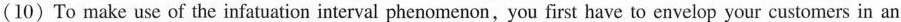
(10) To make use of the infauation interval phenomenon, you first have to envelop your customers in an